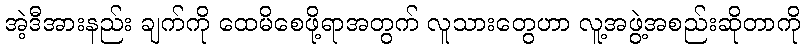
အဲ့ဒီအားနည်း ချက်ကို ထေမိစေဖို့ရာအတွက် လူသားတွေဟာ လူ့အဖွဲ့အစည်းဆိုတာကို